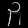
Digit: ၃